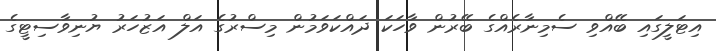
އިޓަލީގައި ބޭއްވި ސެމިނާރެއްގެ ބޭރުން ވާހަކަ ދައްކަވަމުން މިސްރުގެ އަލް އަޒުހަރު ޔުނިވާސިޓީގެ